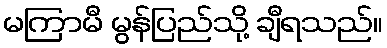
မကြာမီ မွန်ပြည်သို့ ချီရသည်။